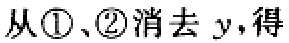
从\textcircled{1}、\textcircled{2}消去 \(y\)，得